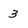
Character: 3